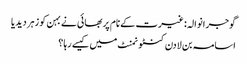
گوجرانوالہ: غیرت کے نام پر بھائی نے بہن کو زہر دیدیا
اسامہ بن لادن کنٹونمنٹ میں کیسے رہا ؟